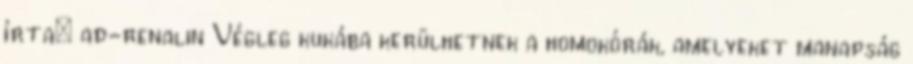
írta: ad-renalin Végleg kukába kerülhetnek a homokórák, amelyeket manapság